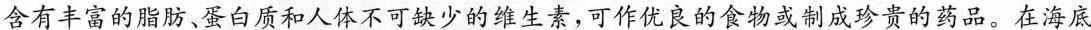
含有丰富的脂肪、蛋白质和人体不可缺少的维生素，可作优良的食物或制成珍贵的药品。在海底